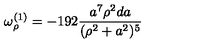
\omega _ { \rho } ^ { ( 1 ) } = - 1 9 2 { \frac { a ^ { 7 } \rho ^ { 2 } d a } { ( \rho ^ { 2 } + a ^ { 2 } ) ^ { 5 } } }